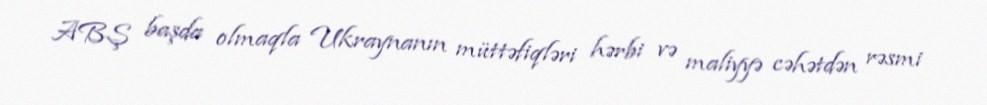
ABŞ başda olmaqla Ukraynanın müttəfiqləri hərbi və maliyyə cəhətdən rəsmi